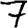
Digit: 7